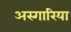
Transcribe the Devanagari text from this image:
अस्गारिया